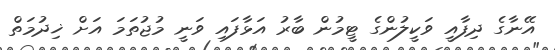
އޭނާގެ ދިފާއީ ވަކީލުންގެ ޓީމުން ބާރު އަޅާފައި ވަނީ މުޖުތަމަ އަށް ޚިދުމަތް